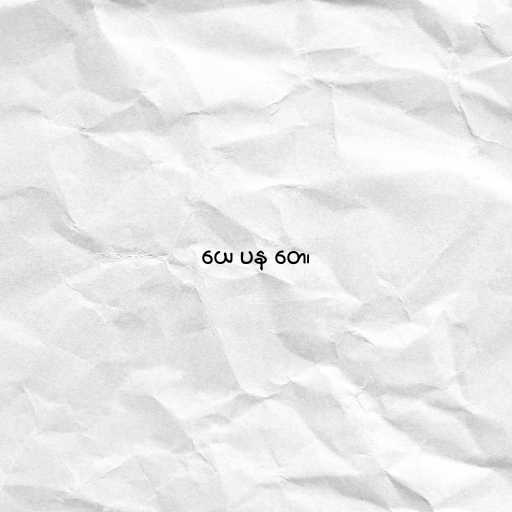
ယေ ပန တေ၊